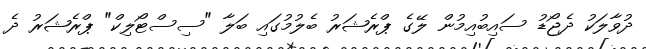
ދުވާލަކު ދެޖޯޑު ސައިބުއިމުން ލޭގެ ޕްރެޝަރު ބެލުމުގައި ބަލާ "ސިސްޓޯލިކް" ޕްރެޝަރުު ދެ